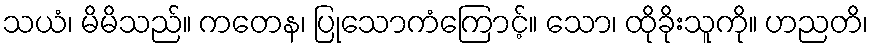
သယံ၊ မိမိသည်။ ကတေန၊ ပြုသောကံကြောင့်။ သော၊ ထိုခိုးသူကို။ ဟညတိ၊